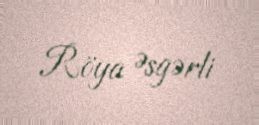
Röya Əsgərli